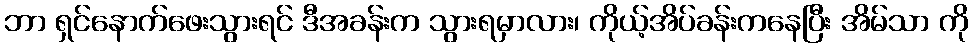
ဘာ ရှင်နောက်ဖေးသွားရင် ဒီအခန်းက သွားရမှာလား၊ ကိုယ့်အိပ်ခန်းကနေပြီး အိမ်သာ ကို